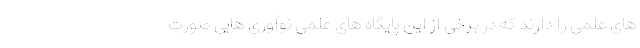
های علمی را دارند که در برخی از این پایگاه های علمی نوآوری هایی صورت